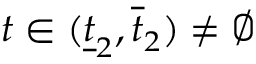
t \in ( \underline { { t } } _ { 2 } , \overline { { t } } _ { 2 } ) \not = \emptyset